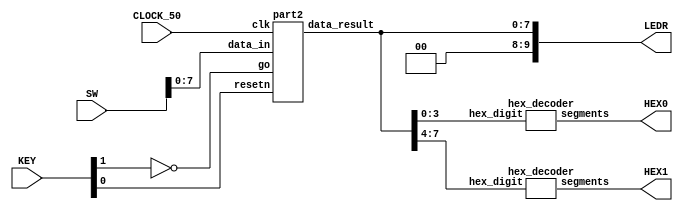
//Sw[7:0] data_in

//KEY[0] synchronous reset when pressed
//KEY[1] go signal

//LEDR displays result
//HEX0 & HEX1 also displays result

module fpga_top(SW, KEY, CLOCK_50, LEDR, HEX0, HEX1);
    input [9:0] SW;
    input [3:0] KEY;
    input CLOCK_50;
    output [9:0] LEDR;
    output [6:0] HEX0, HEX1;

    wire resetn;
    wire go;

    wire [7:0] data_result;
    assign go = ~KEY[1];
    assign resetn = KEY[0];

    part2 u0(
        .clk(CLOCK_50),
        .resetn(resetn),
        .go(go),
        .data_in(SW[7:0]),
        .data_result(data_result)
    );
      
    assign LEDR[9:0] = {2'b00, data_result};

    hex_decoder H0(
        .hex_digit(data_result[3:0]), 
        .segments(HEX0)
        );
        
    hex_decoder H1(
        .hex_digit(data_result[7:4]), 
        .segments(HEX1)
        );

endmodule

module part2(
    input clk,
    input resetn,
    input go,
    input [7:0] data_in,
    output [7:0] data_result
    );

    // lots of wires to connect our datapath and control
    wire ld_a, ld_b, ld_c, ld_x, ld_r;
    wire ld_alu_out;
    wire [1:0]  alu_select_a, alu_select_b;
    wire alu_op;

    control C0(
        .clk(clk),
        .resetn(resetn),
        
        .go(go),
        
        .ld_alu_out(ld_alu_out), 
        .ld_x(ld_x),
        .ld_a(ld_a),
        .ld_b(ld_b),
        .ld_c(ld_c), 
        .ld_r(ld_r), 
        
        .alu_select_a(alu_select_a),
        .alu_select_b(alu_select_b),
        .alu_op(alu_op)
    );

    datapath D0(
        .clk(clk),
        .resetn(resetn),

        .ld_alu_out(ld_alu_out), 
        .ld_x(ld_x),
        .ld_a(ld_a),
        .ld_b(ld_b),
        .ld_c(ld_c), 
        .ld_r(ld_r), 

        .alu_select_a(alu_select_a),
        .alu_select_b(alu_select_b),
        .alu_op(alu_op),

        .data_in(data_in),
        .data_result(data_result)
    );
                
 endmodule        
                

module control(
    input clk,
    input resetn,
    input go,

    output reg  ld_a, ld_b, ld_c, ld_x, ld_r,
    output reg  ld_alu_out,
    output reg [1:0]  alu_select_a, alu_select_b,
    output reg alu_op
    );

    reg [3:0] current_state, next_state; 
    
    localparam  S_LOAD_A        = 4'd0,
                S_LOAD_A_WAIT   = 4'd1,
                S_LOAD_B        = 4'd2,
                S_LOAD_B_WAIT   = 4'd3,
                S_LOAD_C        = 4'd4,
                S_LOAD_C_WAIT   = 4'd5,
                S_LOAD_X        = 4'd6,
                S_LOAD_X_WAIT   = 4'd7,
                S_CYCLE_0       = 4'd8,
                S_CYCLE_1       = 4'd9,
                S_CYCLE_2       = 4'd10;
    
    // Next state logic aka our state table
    always@(*)
    begin: state_table 
            case (current_state)
                S_LOAD_A: next_state = go ? S_LOAD_A_WAIT : S_LOAD_A; // Loop in current state until value is input
                S_LOAD_A_WAIT: next_state = go ? S_LOAD_A_WAIT : S_LOAD_B; // Loop in current state until go signal goes low
                S_LOAD_B: next_state = go ? S_LOAD_B_WAIT : S_LOAD_B; // Loop in current state until value is input
                S_LOAD_B_WAIT: next_state = go ? S_LOAD_B_WAIT : S_LOAD_C; // Loop in current state until go signal goes low
                S_LOAD_C: next_state = go ? S_LOAD_C_WAIT : S_LOAD_C; // Loop in current state until value is input
                S_LOAD_C_WAIT: next_state = go ? S_LOAD_C_WAIT : S_LOAD_X; // Loop in current state until go signal goes low
                S_LOAD_X: next_state = go ? S_LOAD_X_WAIT : S_LOAD_X; // Loop in current state until value is input
                S_LOAD_X_WAIT: next_state = go ? S_LOAD_X_WAIT : S_CYCLE_0; // Loop in current state until go signal goes low
                S_CYCLE_0: next_state = S_CYCLE_1;
                S_CYCLE_1: next_state = S_LOAD_A; // we will be done our two operations, start over after
            default:     next_state = S_LOAD_A;
        endcase
    end // state_table
   

    // Output logic aka all of our datapath control signals
    always @(*)
    begin: enable_signals
        // By default make all our signals 0
        ld_alu_out = 1'b0;
        ld_a = 1'b0;
        ld_b = 1'b0;
        ld_c = 1'b0;
        ld_x = 1'b0;
        ld_r = 1'b0;
        alu_select_a = 2'b00;
        alu_select_b = 2'b00;
        alu_op       = 1'b0;

        case (current_state)
            S_LOAD_A: begin
                ld_a = 1'b1;
                end
            S_LOAD_B: begin
                ld_b = 1'b1;
                end
            S_LOAD_C: begin
                ld_c = 1'b1;
                end
            S_LOAD_X: begin
                ld_x = 1'b1;
                end
            S_CYCLE_0: begin // Do A <- A * A 
                ld_alu_out = 1'b1; ld_a = 1'b1; // store result back into A
                alu_select_a = 2'b00; // Select register A
                alu_select_b = 2'b00; // Also select register A
                alu_op = 1'b1; // Do multiply operation
            end
            S_CYCLE_1: begin
                ld_r = 1'b1; // store result in result register
                alu_select_a = 2'b00; // Select register A
                alu_select_b = 2'b10; // Select register C
                alu_op = 1'b0; // Do Add operation
            end
        // default:    // don't need default since we already made sure all of our outputs were assigned a value at the start of the always block
        endcase
    end // enable_signals
   
    // current_state registers
    always@(posedge clk)
    begin: state_FFs
        if(!resetn)
            current_state <= S_LOAD_A;
        else
            current_state <= next_state;
    end // state_FFS
endmodule

module datapath(
    input clk,
    input resetn,
    input [7:0] data_in,
    input ld_alu_out, 
    input ld_x, ld_a, ld_b, ld_c,
    input ld_r,
    input alu_op, 
    input [1:0] alu_select_a, alu_select_b,
    output reg [7:0] data_result
    );
    
    // input registers
    reg [7:0] a, b, c, x;

    // output of the alu
    reg [7:0] alu_out;
    // alu input muxes
    reg [7:0] alu_a, alu_b;
    
    // Registers a, b, c, x with respective input logic
    always @ (posedge clk) begin
        if (!resetn) begin
            a <= 8'd0; 
            b <= 8'd0; 
            c <= 8'd0; 
            x <= 8'd0; 
        end
        else begin
            if (ld_a)
                a <= ld_alu_out ? alu_out : data_in; // load alu_out if load_alu_out signal is high, otherwise load from data_in
            if (ld_b)
                b <= ld_alu_out ? alu_out : data_in; // load alu_out if load_alu_out signal is high, otherwise load from data_in
            if (ld_x)
                x <= data_in;

            if (ld_c)
                c <= data_in;
        end
    end
 
    // Output result register
    always @ (posedge clk) begin
        if (!resetn) begin
            data_result <= 8'd0; 
        end
        else 
            if(ld_r)
                data_result <= alu_out;
    end

    // The ALU input multiplexers
    always @(*)
    begin
        case (alu_select_a)
            2'd0:
                alu_a = a;
            2'd1:
                alu_a = b;
            2'd2:
                alu_a = c;
            2'd3:
                alu_a = x;
            default: alu_a = 8'd0;
        endcase

        case (alu_select_b)
            2'd0:
                alu_b = a;
            2'd1:
                alu_b = b;
            2'd2:
                alu_b = c;
            2'd3:
                alu_b = x;
            default: alu_b = 8'd0;
        endcase
    end

    // The ALU 
    always @(*)
    begin : ALU
        // alu
        case (alu_op)
            0: begin
                   alu_out = alu_a + alu_b; //performs addition
               end
            1: begin
                   alu_out = alu_a * alu_b; //performs multiplication
               end
            default: alu_out = 8'd0;
        endcase
    end
    
endmodule


module hex_decoder(hex_digit, segments);
    input [3:0] hex_digit;
    output reg [6:0] segments;
   
    always @(*)
        case (hex_digit)
            4'h0: segments = 7'b100_0000;
            4'h1: segments = 7'b111_1001;
            4'h2: segments = 7'b010_0100;
            4'h3: segments = 7'b011_0000;
            4'h4: segments = 7'b001_1001;
            4'h5: segments = 7'b001_0010;
            4'h6: segments = 7'b000_0010;
            4'h7: segments = 7'b111_1000;
            4'h8: segments = 7'b000_0000;
            4'h9: segments = 7'b001_1000;
            4'hA: segments = 7'b000_1000;
            4'hB: segments = 7'b000_0011;
            4'hC: segments = 7'b100_0110;
            4'hD: segments = 7'b010_0001;
            4'hE: segments = 7'b000_0110;
            4'hF: segments = 7'b000_1110;   
            default: segments = 7'h7f;
        endcase
endmodule